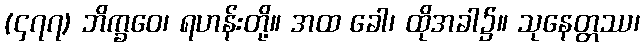
(၄၇၇) ဘိက္ခဝေ၊ ရဟန်းတို့။ အထ ခေါ၊ ထိုအခါ၌။ သုနေတ္တဿ၊